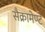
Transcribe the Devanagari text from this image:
सैक्रामेण्टे